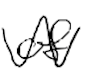
Text: of
Cross-out: wave
Writing tool: digital_black